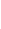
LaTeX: W\! \! \! \! \! \! \! \! \! \! \! \! (\! \! \! \! \! \! \! \! \! \! \! \! \Gamma\! \! \! \! \! \! \! \! \! \! \! \! ^{\! }\! \! \! \! \! \! \! \! \! \! \! *\! \! \! \! \! \! \! \! \! \! \! \! )\! \! \! \! \! \! \! \! \! \! \! \! =\! \! \! \! \! \! \! \! \! \! \! \! W\! \! \! \! \! \! \! \! \! \! \! \! (\! \! \! \! \! \! \! \! \! \! \! \! -\! \! \! \! \! \! \! \! \! \! \! \! \Gamma\! \! \! \! \! \! \! \! \! \! \! \! )\! \! \! \! \! \! \! \! \! \! \! \! .\! \! \! \! \! \! \! \! \! \! \!